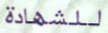
للشهادة